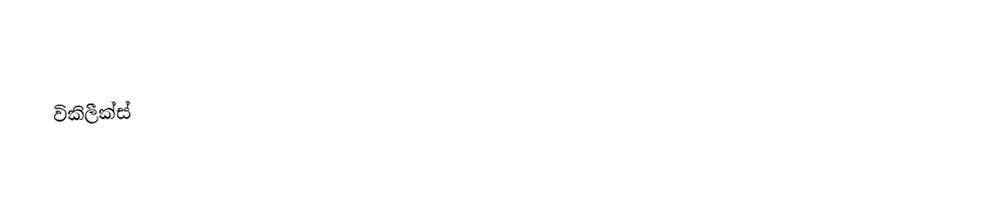
විකිලීක්ස්